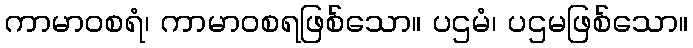
ကာမာဝစရံ၊ ကာမာဝစရဖြစ်သော။ ပဌမံ၊ ပဌမဖြစ်သော။